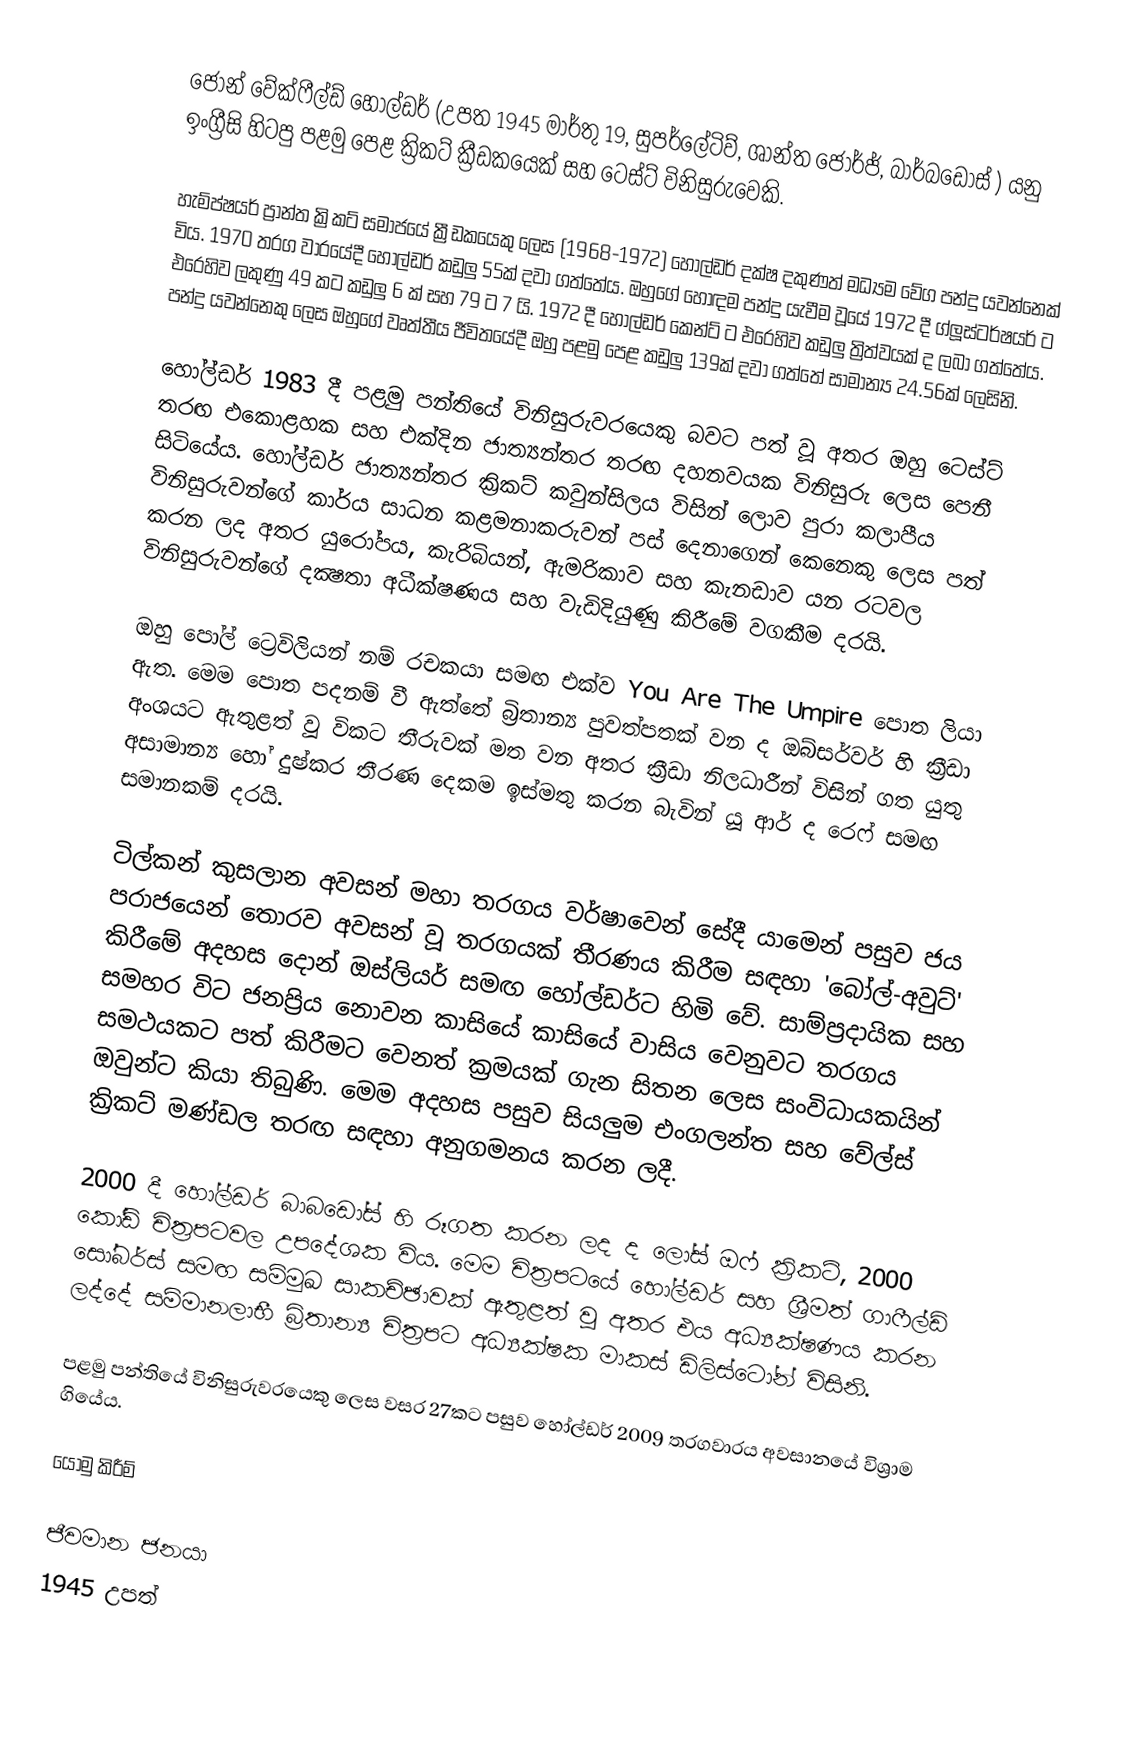
ජෝන් වේක්ෆීල්ඩ් හෝල්ඩර් (උපත 1945 මාර්තු 19, සුපර්ලේටිව්, ශාන්ත ජෝර්ජ්, බාර්බඩෝස් ) යනු ඉංග්‍රීසි හිටපු පළමු පෙළ ක්‍රිකට් ක්‍රීඩකයෙක් සහ ටෙස්ට් විනිසුරුවෙකි.

හැම්ප්ෂයර් ප්‍රාන්ත ක්‍රිකට් සමාජයේ ක්‍රීඩකයෙකු ලෙස (1968-1972) හෝල්ඩර් දක්ෂ දකුණත් මධ්‍යම වේග පන්දු යවන්නෙක් විය. 1970 තරග වාරයේදී හෝල්ඩර් කඩුලු 55ක් දවා ගත්තේය. ඔහුගේ හොඳම පන්දු යැවීම වූයේ 1972 දී ග්ලූස්ටර්ෂයර් ට එරෙහිව ලකුණු 49 කට කඩුලු 6 ක් සහ 79 ට 7 යි. 1972 දී හෝල්ඩර් කෙන්ට් ට එරෙහිව කඩුලු ත්‍රිත්වයක් ද ලබා ගත්තේය. පන්දු යවන්නෙකු ලෙස ඔහුගේ වෘත්තීය ජීවිතයේදී ඔහු පළමු පෙළ කඩුලු 139ක් දවා ගත්තේ සාමාන්‍ය 24.56ක් ලෙසිනි.

හෝල්ඩර් 1983 දී පළමු පන්තියේ විනිසුරුවරයෙකු බවට පත් වූ අතර ඔහු ටෙස්ට් තරඟ එකොළහක සහ එක්දින ජාත්‍යන්තර තරඟ දහනවයක විනිසුරු ලෙස පෙනී සිටියේය. හෝල්ඩර් ජාත්‍යන්තර ක්‍රිකට් කවුන්සිලය විසින් ලොව පුරා කලාපීය විනිසුරුවන්ගේ කාර්ය සාධන කළමනාකරුවන් පස් දෙනාගෙන් කෙනෙකු ලෙස පත් කරන ලද අතර යුරෝපය, කැරිබියන්, ඇමරිකාව සහ කැනඩාව යන රටවල විනිසුරුවන්ගේ දක්‍ෂතා අධීක්ෂණය සහ වැඩිදියුණු කිරීමේ වගකීම දරයි.

ඔහු පෝල් ට්‍රෙවිලියන් නම් රචකයා සමඟ එක්ව You Are The Umpire පොත ලියා ඇත. මෙම පොත පදනම් වී ඇත්තේ බ්‍රිතාන්‍ය පුවත්පතක් වන ද ඔබ්සර්වර් හි ක්‍රීඩා අංශයට ඇතුළත් වූ විකට තීරුවක් මත වන අතර ක්‍රීඩා නිලධාරීන් විසින් ගත යුතු අසාමාන්‍ය හෝ දුෂ්කර තීරණ දෙකම ඉස්මතු කරන බැවින් යූ ආර් ද රෙෆ් සමඟ සමානකම් දරයි.

ටිල්කන් කුසලාන අවසන් මහා තරගය වර්ෂාවෙන් සේදී යාමෙන් පසුව ජය පරාජයෙන් තොරව අවසන් වූ තරගයක් තීරණය කිරීම සඳහා 'බෝල්-අවුට්' කිරීමේ අදහස දොන් ඔස්ලියර් සමඟ හෝල්ඩර්ට හිමි වේ. සාම්ප්‍රදායික සහ සමහර විට ජනප්‍රිය නොවන කාසියේ කාසියේ වාසිය වෙනුවට තරගය සමථයකට පත් කිරීමට වෙනත් ක්‍රමයක් ගැන සිතන ලෙස සංවිධායකයින් ඔවුන්ට කියා තිබුණි. මෙම අදහස පසුව සියලුම එංගලන්ත සහ වේල්ස් ක්‍රිකට් මණ්ඩල තරඟ සඳහා අනුගමනය කරන ලදී.

2000 දී හෝල්ඩර් බාබඩෝස් හි රූගත කරන ලද ද ලෝස් ඔෆ් ක්‍රිකට්, 2000 කෝඩ් චිත්‍රපටවල උපදේශක විය. මෙම චිත්‍රපටයේ හෝල්ඩර් සහ ශ්‍රීමත් ගාෆීල්ඩ් සෝබර්ස් සමඟ සම්මුඛ සාකච්ඡාවක් ඇතුළත් වූ අතර එය අධ්‍යක්ෂණය කරන ලද්දේ සම්මානලාභී බ්‍රිතාන්‍ය චිත්‍රපට අධ්‍යක්ෂක මාකස් ඩිලිස්ටෝන් විසිනි.

පළමු පන්තියේ විනිසුරුවරයෙකු ලෙස වසර 27කට පසුව හෝල්ඩර් 2009 තරගවාරය අවසානයේ විශ්‍රාම ගියේය.

යොමු කිරීම්

ජීවමාන ජනයා
1945 උපත්